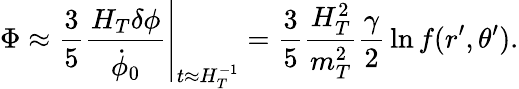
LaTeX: \Phi\approx{\frac{3}{5}}\left.{\frac{H_{T}\delta\phi}{\dot{\phi}_{0}}}\right|_{t\approx H_{T}^{-1}}={\frac{3}{5}}{\frac{H_{T}^{2}}{m_{T}^{2}}}{\frac{\gamma}{2}}\ln f(r^{\prime},\theta^{\prime}).